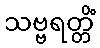
သဗ္ဗရတ္တိံ